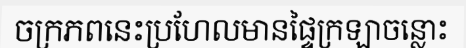
ចក្រភពនេះប្រហែលមានផ្ទៃក្រឡាចន្លោះ